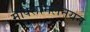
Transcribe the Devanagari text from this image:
मॅक्सिमिलनयन